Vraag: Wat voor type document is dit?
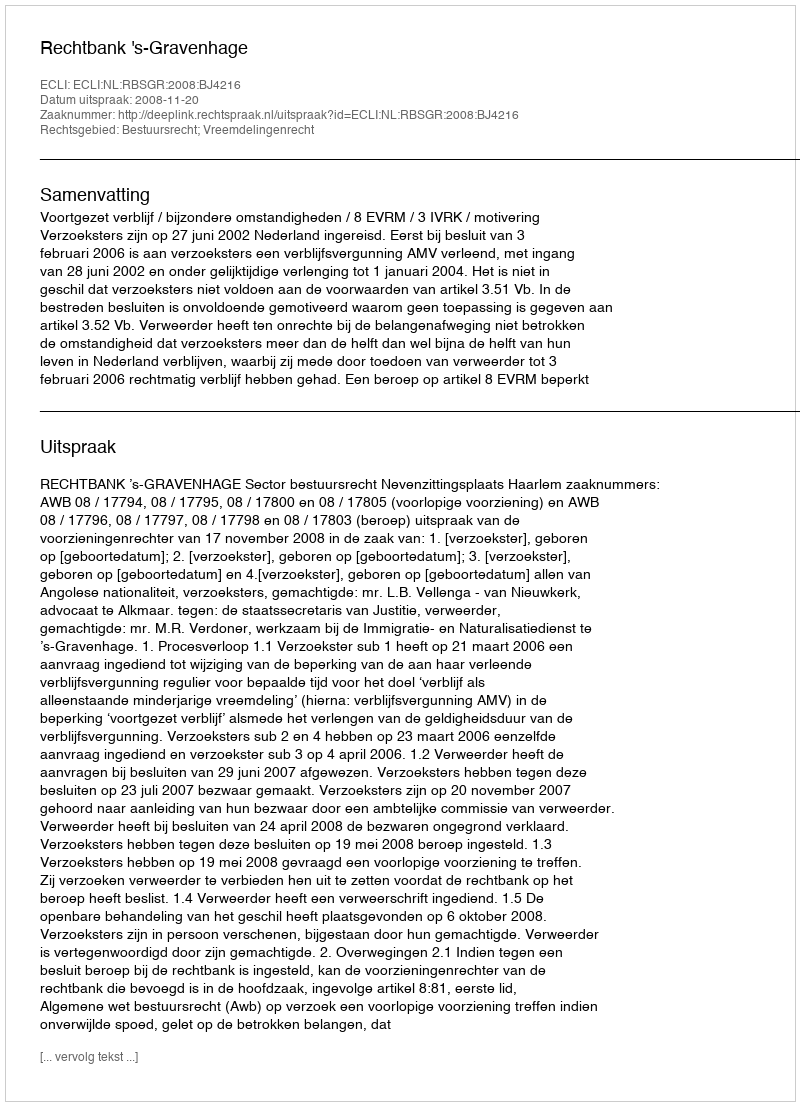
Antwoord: Uitspraak